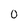
Character: 0